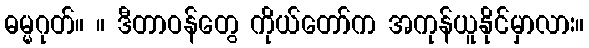
ဓမ္မဂုတ်။ ။ ဒီတာဝန်တွေ ကိုယ်တော်က အကုန်ယူနိုင်မှာလား။